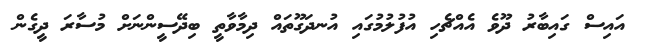
އައިސް ގައިބާރު ދޫވެ އެއްޗެހި އުފުލުމުގައި އުނދަގޫތައް ދިމާވާތީ ބިދޭސީންނަށް މުސާރަ ދީގެން